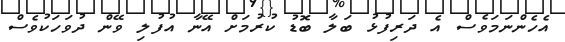
އެހެންނަމަވެސް އެ ދަރިފުޅު ބަލާ ބޮޑު ކުރުމަށް އޭނާ އުފުލި ވޭން ދުވަހަކުވެސް